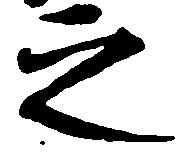
之